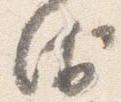
衛